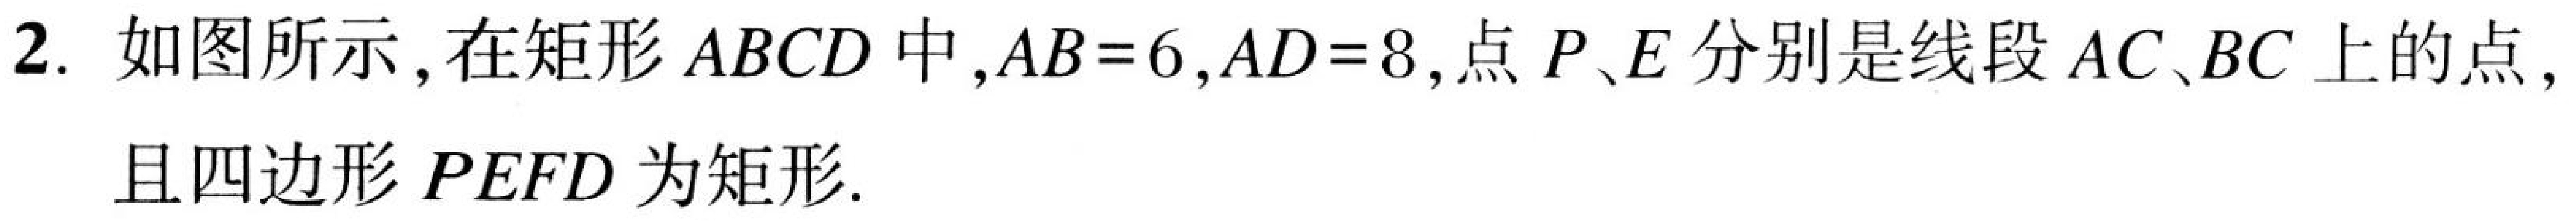
2. 如图所示，在矩形\(ABCD\)中，\(AB = 6\)，\(AD = 8\)，点\(P\)、\(E\)分别是线段\(AC\)、\(BC\)上的点，且四边形\(PEFD\)为矩形.